Report on the treatment of epidemic cholera: from information collected by the governments of Bengal, Madras, Bombay, N.W. Provinces, Punjab, Oudh, and Central India, by order of the Government of India
Disease focus: Cholera
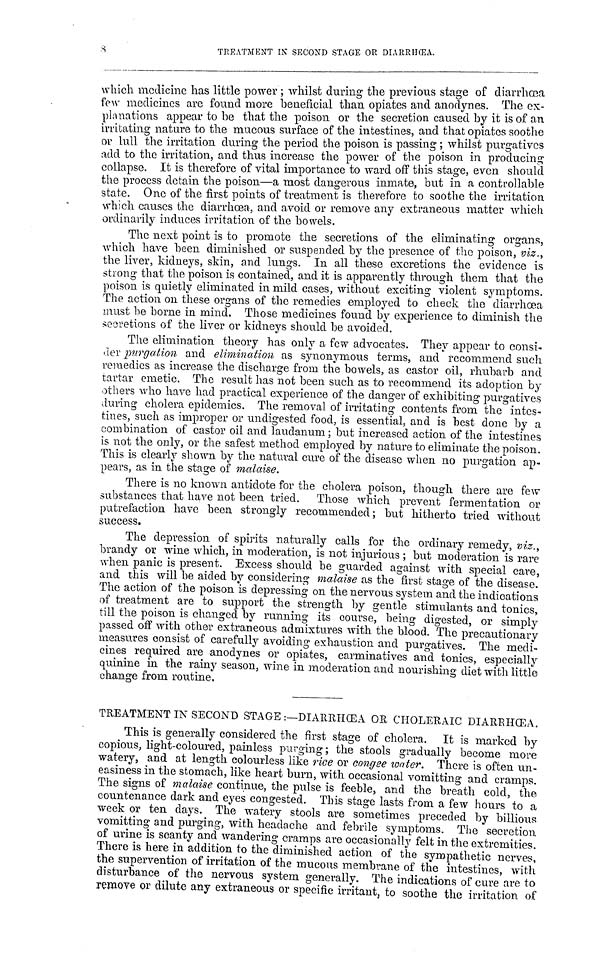
8
TREATMENT IN SECOND STAGE OR DIARRHŒA.
which medicine has little power ; whilst during the previous stage of diarrhœa
few medicines are found more beneficial than opiates and anodynes. The ex-
planations appear to be that the poison or the secretion caused by it is of an
irritating nature to the mucous surface of the intestines, and that opiates soothe
or lull the irritation during the period the poison is passing; whilst purgatives
add to the irritation, and thus increase the power of the poison in producing
collapse. It is therefore of vital importance to ward off this stage, even should
the process detain the poison—a most dangerous inmate, but in a controllable
state. One of the first points of treatment is therefore to soothe the irritation
which causes the diarrhoea, and avoid or remove any extraneous matter which
ordinarily induces irritation of the bowels.
The next point is to promote the secretions of the eliminating organs,
which have been diminished or suspended by the presence of the poison, viz.,
the liver, kidneys, skin, and lungs. In all these excretions the evidence is
strong that the poison is contained, and it is apparently through them that the
poison is quietly eliminated in mild cases, without exciting violent symptoms,
The action on these organs of the remedies employed to check the diarrhœa
must be borne in mind. Those medicines found by experience to diminish the
secretions of the liver or kidneys should be avoided,
The elimination theory has only a few advocates. They appear to consi-
der purgation and elimination as synonymous terms, and recommend such
remedies as increase the discharge from the bowels, as castor oil, rhubarb and
tartar emetic. The result has not been such as to recommend its adoption by
others who have had practical experience of the danger of exhibiting purgatives
during cholera epidemics. The removal of irritating contents from the intes-
tines, such as improper or undigested food, is essential, and is best done by a
combination of castor oil and laudanum; but increased action of the intestines
is not the only, or the safest method employed by nature to eliminate the poison
This is clearly shown by the natural cure of the disease when no purgation ap-
pears, as in the stage of malaise.
There is no known antidote for the cholera poison, though there are few
substances that have not been tried. Those which prevent fermentation or
putrefaction have been strongly recommended; but hitherto tried without
success.
The depression of spirits naturally calls for the ordinary remedy, viz.,
brandy or wine which, in moderation, is not injurious ; but moderation is rare
when panic is present. Excess should be guarded against with special care,
and this will be aided by considering malaise as the first stage of the disease.
The action of the poison is depressing on the nervous system and the indications
of treatment are to support the strength by gentle stimulants and tonics,
till the poison is changed by running its course, being digested, or simply
passed off with other extraneous admixtures with the blood. The precautionary
measures consist of carefully avoiding exhaustion and purgatives. The medi-
cines required are anodynes or opiates, carminatives and tonics, especially
quinine in the rainy season, wine in moderation and nourishing diet with little
change from routine,
TREATMENT IN SECOND STAGE :—DIARRHOEA OR CHOLERAIC DIARRHŒA,
This is generally considered the first stage of cholera. It is marked by
copious, light-coloured, painless purging ; the stools gradually become more
watery, and at length colourless like rice or congee water. There is often un-
easiness in the stomach, like heart burn, with occasional vomitting and cramps.
The signs of malaise continue, the pulse is feeble, and the breath cold, the
countenance dark and eyes congested. This stage lasts from a few hours to a
week or ten days. The watery stools are sometimes preceded by billions
vomitting and purging, with headache and febrile symptoms. The secretion
of urine is scanty and wandering cramps are occasionally felt in the extremities.
There is here in addition to the diminished action of the sympathetic nerves,
the supervention of irritation of the mucous membrane of the intestines, with
disturbance of the nervous system generally. The indications of cure are to
remove or dilute any extraneous or specific irritant, to soothe the irritation of